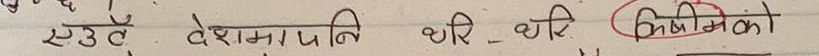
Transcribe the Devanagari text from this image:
एडवेटदेशमा प्रति थरि - थरि बिभीनता